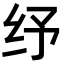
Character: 纾